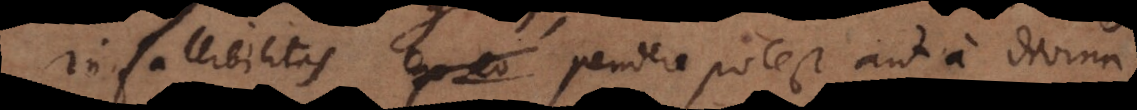
Infallibilitas pendere potest aut a divina